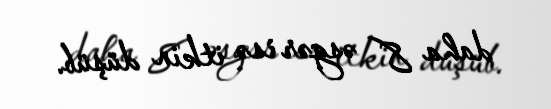
daha 8 əsgər isə itkin düşüb.